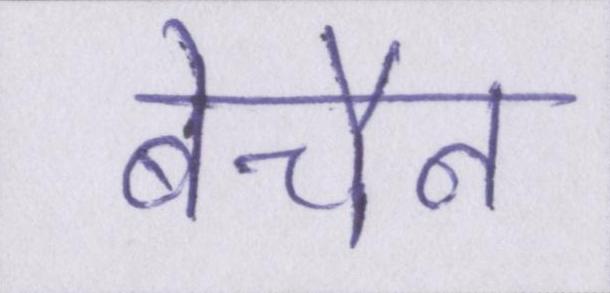
बेचैन